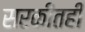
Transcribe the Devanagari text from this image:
सरकीतही